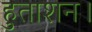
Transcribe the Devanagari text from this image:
हुताशन।